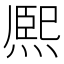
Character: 熈